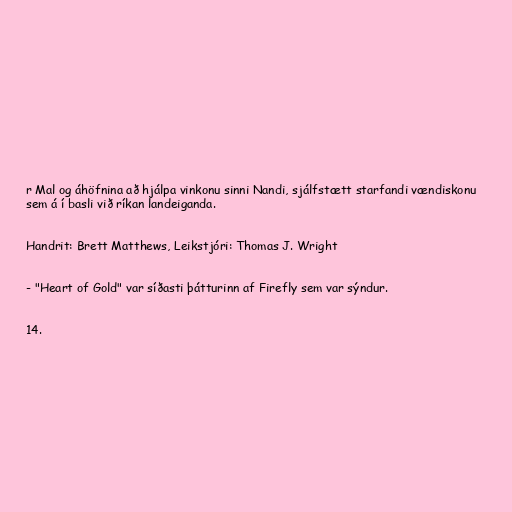
r Mal og áhöfnina að hjálpa vinkonu sinni Nandi, sjálfstætt starfandi vændiskonu
sem á í basli við ríkan landeiganda.

Handrit: Brett Matthews, Leikstjóri: Thomas J. Wright

- "Heart of Gold" var síðasti þátturinn af Firefly sem var sýndur.

14.